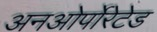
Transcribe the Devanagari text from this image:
अनओर्पोरेटेड